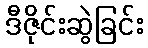
ဒီဇိုင်းဆွဲခြင်း